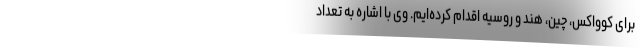
برای کوواکس، چین، هند و روسیه اقدام کرده‌ایم. وی با اشاره به تعداد